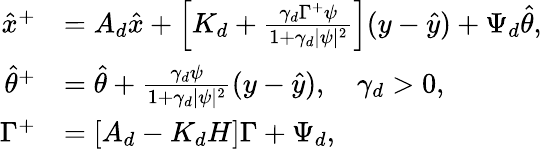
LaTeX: \begin{array}{rl}{\hat{x}^{+}}&{=A_{d}\hat{x}+\left[K_{d}+\frac{\gamma_{d}\Gamma^{+}\psi}{1+\gamma_{d}|\psi|^{2}}\right](y-\hat{y})+\Psi_{d}\hat{\theta},}\\ {\hat{\theta}^{+}}&{=\hat{\theta}+\frac{\gamma_{d}\psi}{1+\gamma_{d}|\psi|^{2}}(y-\hat{y}),\quad\gamma_{d}>0,}\\ {\Gamma^{+}}&{=[A_{d}-K_{d}H]\Gamma+\Psi_{d},}\end{array}